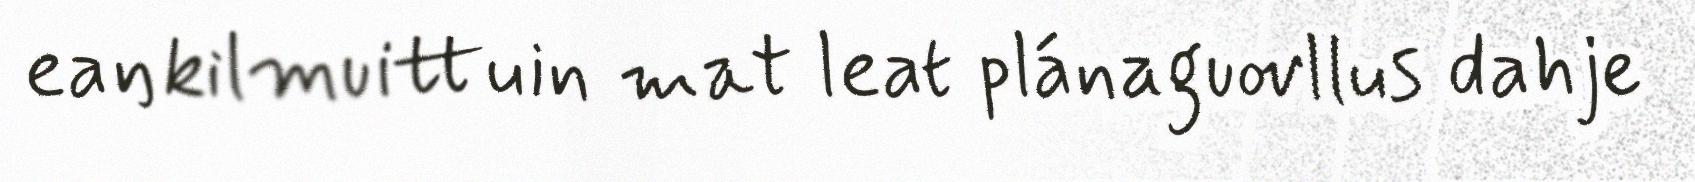
eaŋkilmuittuin mat leat plánaguovllus dahje